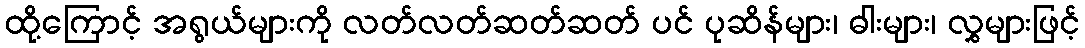
ထို့ကြောင့် အရွယ်များကို လတ်လတ်ဆတ်ဆတ် ပင် ပုဆိန်များ၊ ဓါးများ၊ လွှများဖြင့်